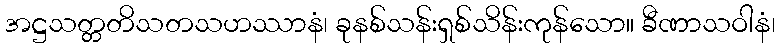
အဋ္ဌသတ္တတိသတသဟဿာနံ၊ ခုနစ်သန်းရှစ်သိန်းကုန်သော။ ခီဏာသဝါနံ၊